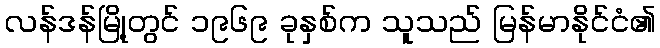
လန်ဒန်မြို့တွင် ၁၉၆၉ ခုနှစ်က သူသည် မြန်မာနိုင်ငံ၏